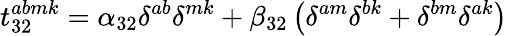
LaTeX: t_{32}^{abmk}=\alpha_{32}\delta^{ab}\delta^{mk}+\beta_{32}\left(\delta^{am}\delta^{bk}+\delta^{bm}\delta^{ak}\right)